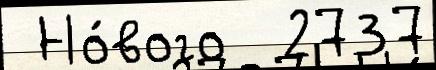
 Но́вого  2737